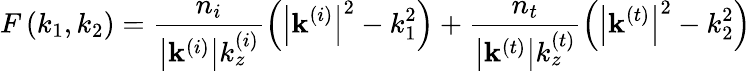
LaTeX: F\left(k_{1},k_{2}\right)=\frac{n_{i}}{\left\vert\mathbf{k}^{\left(i\right)}\right\vert k_{z}^{\left(i\right)}}\left(\left\vert\mathbf{k}^{\left(i\right)}\right\vert^{2}-k_{1}^{2}\right)+\frac{n_{t}}{\left\vert\mathbf{k}^{\left(t\right)}\right\vert k_{z}^{\left(t\right)}}\left(\left\vert\mathbf{k}^{\left(t\right)}\right\vert^{2}-k_{2}^{2}\right)